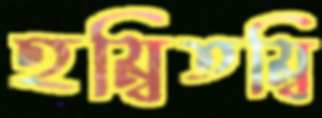
হম্বিতম্বি